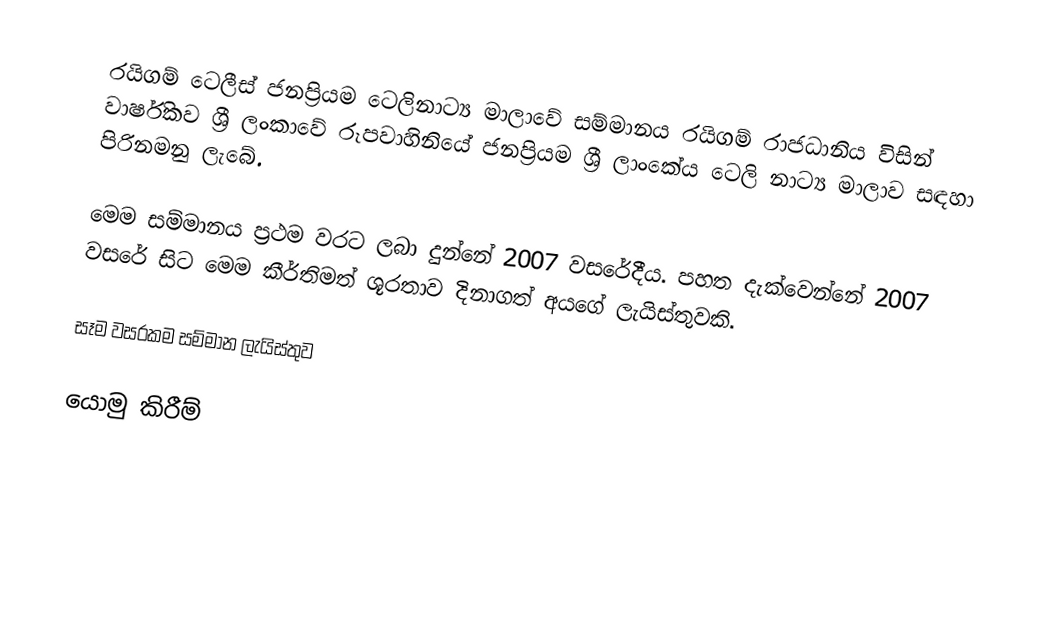
රයිගම් ටෙලීස් ජනප්‍රියම ටෙලිනාට්‍ය මාලාවේ සම්මානය රයිගම් රාජධානිය විසින් වාර්ෂිකව ශ්‍රී ලංකාවේ රූපවාහිනියේ ජනප්‍රියම ශ්‍රී ලාංකේය ටෙලි නාට්‍ය මාලාව සඳහා පිරිනමනු ලැබේ.

මෙම සම්මානය ප්‍රථම වරට ලබා දුන්නේ 2007 වසරේදීය. පහත දැක්වෙන්නේ 2007 වසරේ සිට මෙම කීර්තිමත් ශූරතාව දිනාගත් අයගේ ලැයිස්තුවකි.

සෑම වසරකම සම්මාන ලැයිස්තුව

යොමු කිරීම්